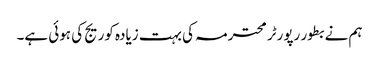
ہم نے بطور رپورٹر محترمہ کی بہت زیادہ کوریج کی ہوئی ہے۔